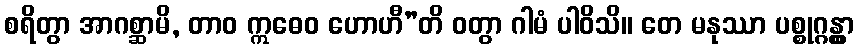
စရိတွာ အာဂစ္ဆာမိ, တာဝ ဣဓေဝ ဟောဟီ”တိ ဝတွာ ဂါမံ ပါဝိသိ။ တေ မနုဿာ ပစ္စုဂ္ဂန္တွာ